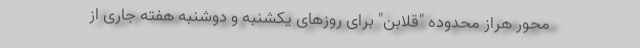
محور هراز محدوده "قلابن" برای روزهای یکشنبه و دوشنبه هفته جاری از